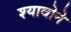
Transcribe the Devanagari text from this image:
श्यावोने